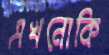
এখনোকি